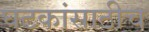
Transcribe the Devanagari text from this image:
घटकांसाठीच